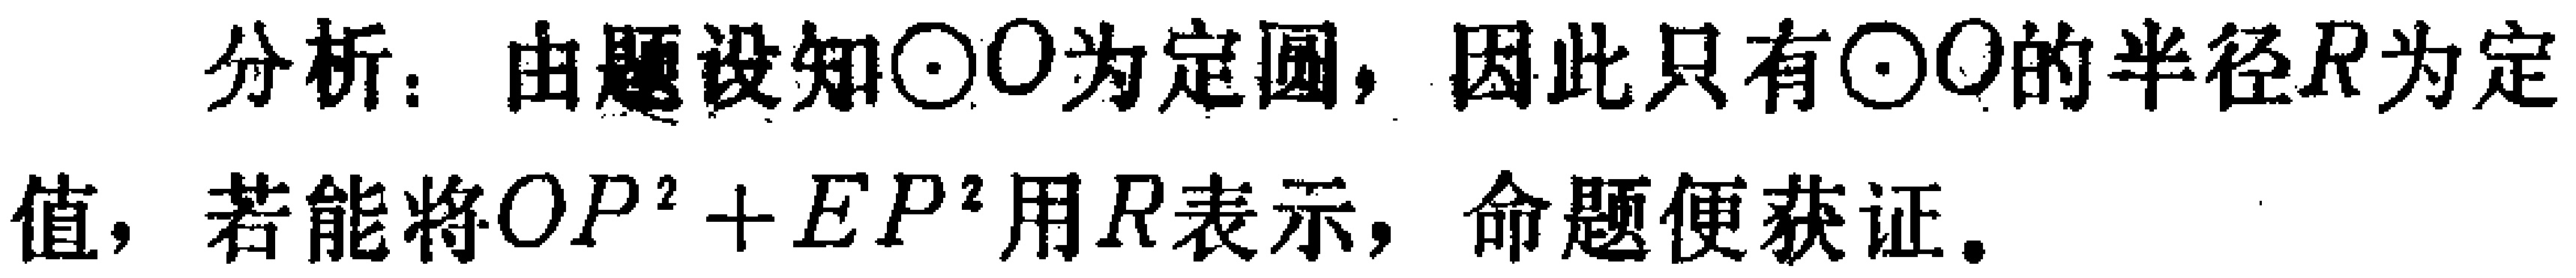
分析：由题设知\(\odot O\)为定圆，因此只有\(\odot O\)的半径\(R\)为定值，若能将\(OP^{2}+EP^{2}\)用\(R\)表示，命题便获证。